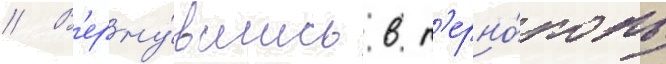
// В'ерну́вшись в т'ерно́поль